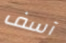
آسف